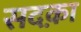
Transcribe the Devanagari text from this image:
सदक़ा